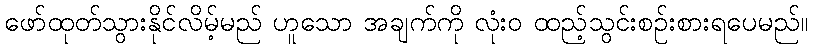
ဖော်ထုတ်သွားနိုင်လိမ့်မည် ဟူသော အချက်ကို လုံးဝ ထည့်သွင်းစဉ်းစားရပေမည်။